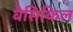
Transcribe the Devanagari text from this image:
वेसिकिल